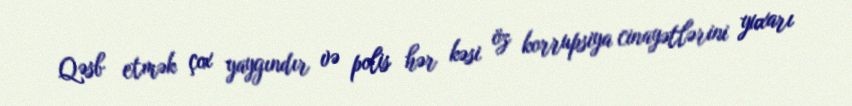
Qəsb etmək çox yaygındır və polis hər kəsi öz korrupsiya cinayətlərini yuxarı